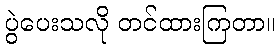
ပွဲပေးသလို တင်ထားကြတာ။